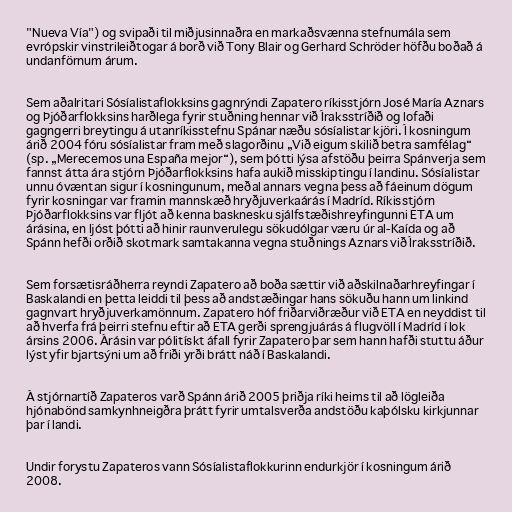
"Nueva Vía") og svipaði til miðjusinnaðra en markaðsvænna stefnumála sem
evrópskir vinstrileiðtogar á borð við Tony Blair og Gerhard Schröder höfðu boðað á
undanförnum árum.

Sem aðalritari Sósíalistaflokksins gagnrýndi Zapatero ríkisstjórn José María Aznars
og Þjóðarflokksins harðlega fyrir stuðning hennar við Íraksstríðið og lofaði
gagngerri breytingu á utanríkisstefnu Spánar næðu sósíalistar kjöri. Í kosningum
árið 2004 fóru sósíalistar fram með slagorðinu „Við eigum skilið betra samfélag“
(sp. „Merecemos una España mejor“), sem þótti lýsa afstöðu þeirra Spánverja sem
fannst átta ára stjórn Þjóðarflokksins hafa aukið misskiptingu í landinu. Sósíalistar
unnu óvæntan sigur í kosningunum, meðal annars vegna þess að fáeinum dögum
fyrir kosningar var framin mannskæð hryðjuverkaárás í Madríd. Ríkisstjórn
Þjóðarflokksins var fljót að kenna basknesku sjálfstæðishreyfingunni ETA um
árásina, en ljóst þótti að hinir raunverulegu sökudólgar væru úr al-Kaída og að
Spánn hefði orðið skotmark samtakanna vegna stuðnings Aznars við Íraksstríðið.

Sem forsætisráðherra reyndi Zapatero að boða sættir við aðskilnaðarhreyfingar í
Baskalandi en þetta leiddi til þess að andstæðingar hans sökuðu hann um linkind
gagnvart hryðjuverkamönnum. Zapatero hóf friðarviðræður við ETA en neyddist til
að hverfa frá þeirri stefnu eftir að ETA gerði sprengjuárás á flugvöll í Madríd í lok
ársins 2006. Árásin var pólitískt áfall fyrir Zapatero þar sem hann hafði stuttu áður
lýst yfir bjartsýni um að friði yrði brátt náð í Baskalandi.

Á stjórnartíð Zapateros varð Spánn árið 2005 þriðja ríki heims til að lögleiða
hjónabönd samkynhneigðra þrátt fyrir umtalsverða andstöðu kaþólsku kirkjunnar
þar í landi.

Undir forystu Zapateros vann Sósíalistaflokkurinn endurkjör í kosningum árið
2008.